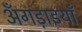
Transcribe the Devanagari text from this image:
अँगड़ाइयाँ